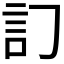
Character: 𧥟